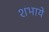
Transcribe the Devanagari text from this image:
शभाये